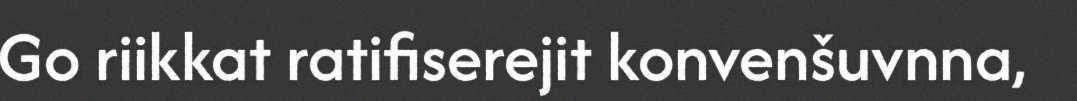
Go riikkat ratifiserejit konvenšuvnna,